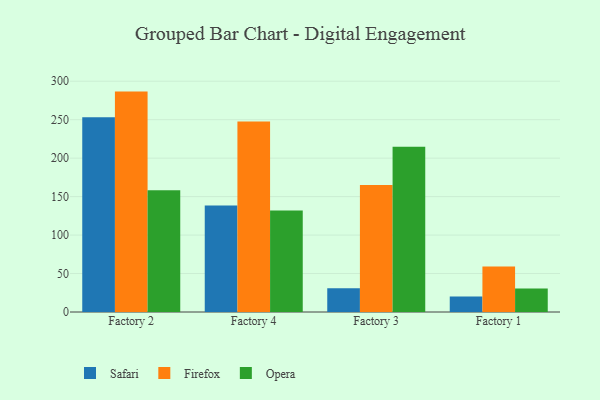
{"axis": {"x": "Factory", "y": "Backlog"}, "legend": ["Firefox", "Opera", "Safari"], "data": [{"x": "Factory 2", "y": 253.3, "type": "Safari"}, {"x": "Factory 2", "y": 286.5, "type": "Firefox"}, {"x": "Factory 2", "y": 158.3, "type": "Opera"}, {"x": "Factory 4", "y": 138.6, "type": "Safari"}, {"x": "Factory 4", "y": 247.5, "type": "Firefox"}, {"x": "Factory 4", "y": 132.1, "type": "Opera"}, {"x": "Factory 3", "y": 30.9, "type": "Safari"}, {"x": "Factory 3", "y": 165.1, "type": "Firefox"}, {"x": "Factory 3", "y": 214.8, "type": "Opera"}, {"x": "Factory 1", "y": 20.2, "type": "Safari"}, {"x": "Factory 1", "y": 59.2, "type": "Firefox"}, {"x": "Factory 1", "y": 30.4, "type": "Opera"}]}